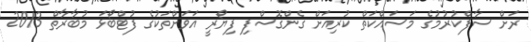
ރަށް ސާފްކުރުމުގެ މަސައްކަތް ކުރިއަށް ގެންގޮސްފި ފިޔޯރީ އަވަށްތަކުގެ ފުޓްބޯޅަ މުބާރާތް 2013